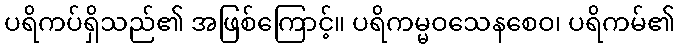
ပရိကပ်ရှိသည်၏ အဖြစ်ကြောင့်။ ပရိကမ္မဝသေနစေဝ၊ ပရိကမ်၏